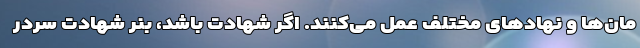
مان‌ها و نهادهای مختلف عمل می‌کنند. اگر شهادت باشد، بنر شهادت سردر